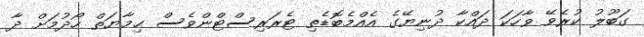
ގަބޫލު ކުރެވޭ ވާހަކަ ދައްކާ ދުނިޔޭގެ އެއްމެބޮޑެތި ޓެރަރިސްޓްންވެސް ޙިމާޔަތް ހޯދުމަށް ދާ